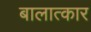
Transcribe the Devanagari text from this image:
बालात्कार